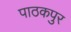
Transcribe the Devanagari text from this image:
पाठकपुर